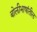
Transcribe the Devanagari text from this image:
बोलीभाषांतील